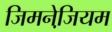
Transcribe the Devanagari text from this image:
जिमनेजि़यम